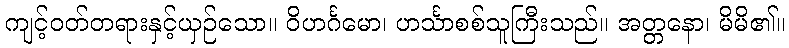
ကျင့်ဝတ်တရားနှင့်ယှဉ်သော။ ဝိဟင်္ဂမော၊ ဟင်္သာစစ်သူကြီးသည်။ အတ္တနော၊ မိမိ၏။